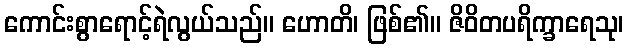
ကောင်းစွာရောင့်ရဲလွယ်သည်။ ဟောတိ၊ ဖြစ်၏။ ဇိဝိတပရိက္ခာရေသု၊